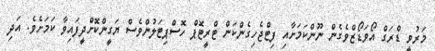
މަރުވީ ޑްރަގް އޯވަޑޯޒްވެގެން ނޫންކަމަށާއި ފިޓްޖެހިގެންކަން ޓްރީޓޮޕް ހޮސްޕިޓަލުންވެސް ޔަގީންކޮށްދީފައިވާ ކަމަށެވެ. އަދި